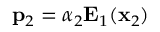
\mathbf { p } _ { 2 } = \alpha _ { 2 } \mathbf { E } _ { 1 } ( \mathbf { x } _ { 2 } )